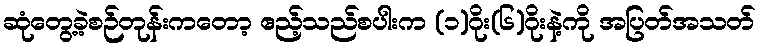
ဆုံတွေ့ခဲ့စဉ်တုန်းကတော့ ဧည့်သည်စပါးက (၁)ဂိုး(၆)ဂိုးနဲ့ကို အပြတ်အသတ်